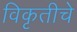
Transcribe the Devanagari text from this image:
विकृतीचे